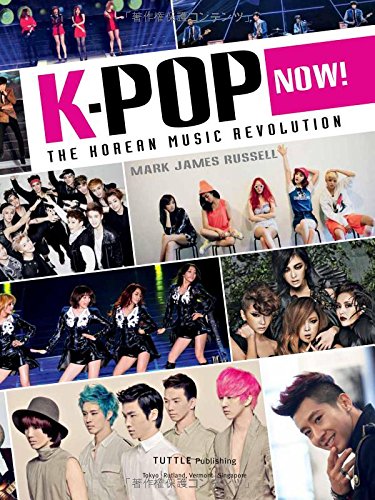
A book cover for K-POP Now!: The Korean Music Revolution; Mark James Russell; Humor & Entertainment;